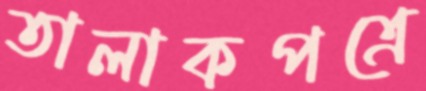
তালাকপত্রে